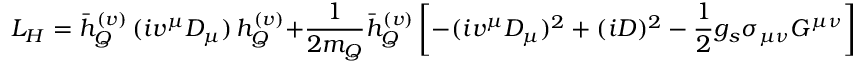
{ \cal L } _ { H } = \bar { h } _ { Q } ^ { ( v ) } \, ( i v ^ { \mu } D _ { \mu } ) \, h _ { Q } ^ { ( v ) } + { \frac { 1 } { 2 m _ { Q } } } \bar { h } _ { Q } ^ { ( v ) } \left[ - ( i v ^ { \mu } D _ { \mu } ) ^ { 2 } + ( i D ) ^ { 2 } - { \frac { 1 } { 2 } } g _ { s } \sigma _ { \mu \nu } G ^ { \mu \nu } \right] \, h _ { Q } ^ { ( v ) } + { \cal O } ( \lambda ^ { 2 } ) ,